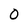
Character: O